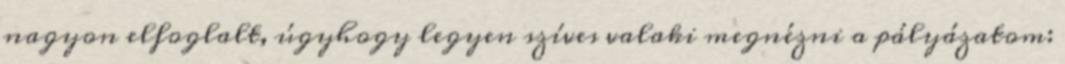
nagyon elfoglalt, úgyhogy legyen szíves valaki megnézni a pályázatom: